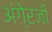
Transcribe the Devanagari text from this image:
अंगे्रजी